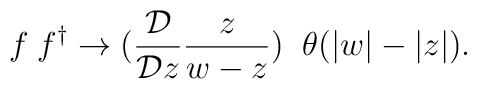
f\;f^{\dagger }\rightarrow (\frac{ {\cal D} }{ {\cal D} z}\frac z{w-z})\;\;\theta(|w|-|z|).